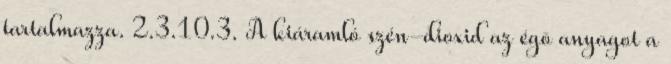
tartalmazza. 2.3.10.3. A kiáramló szén-dioxid az égõ anyagot a